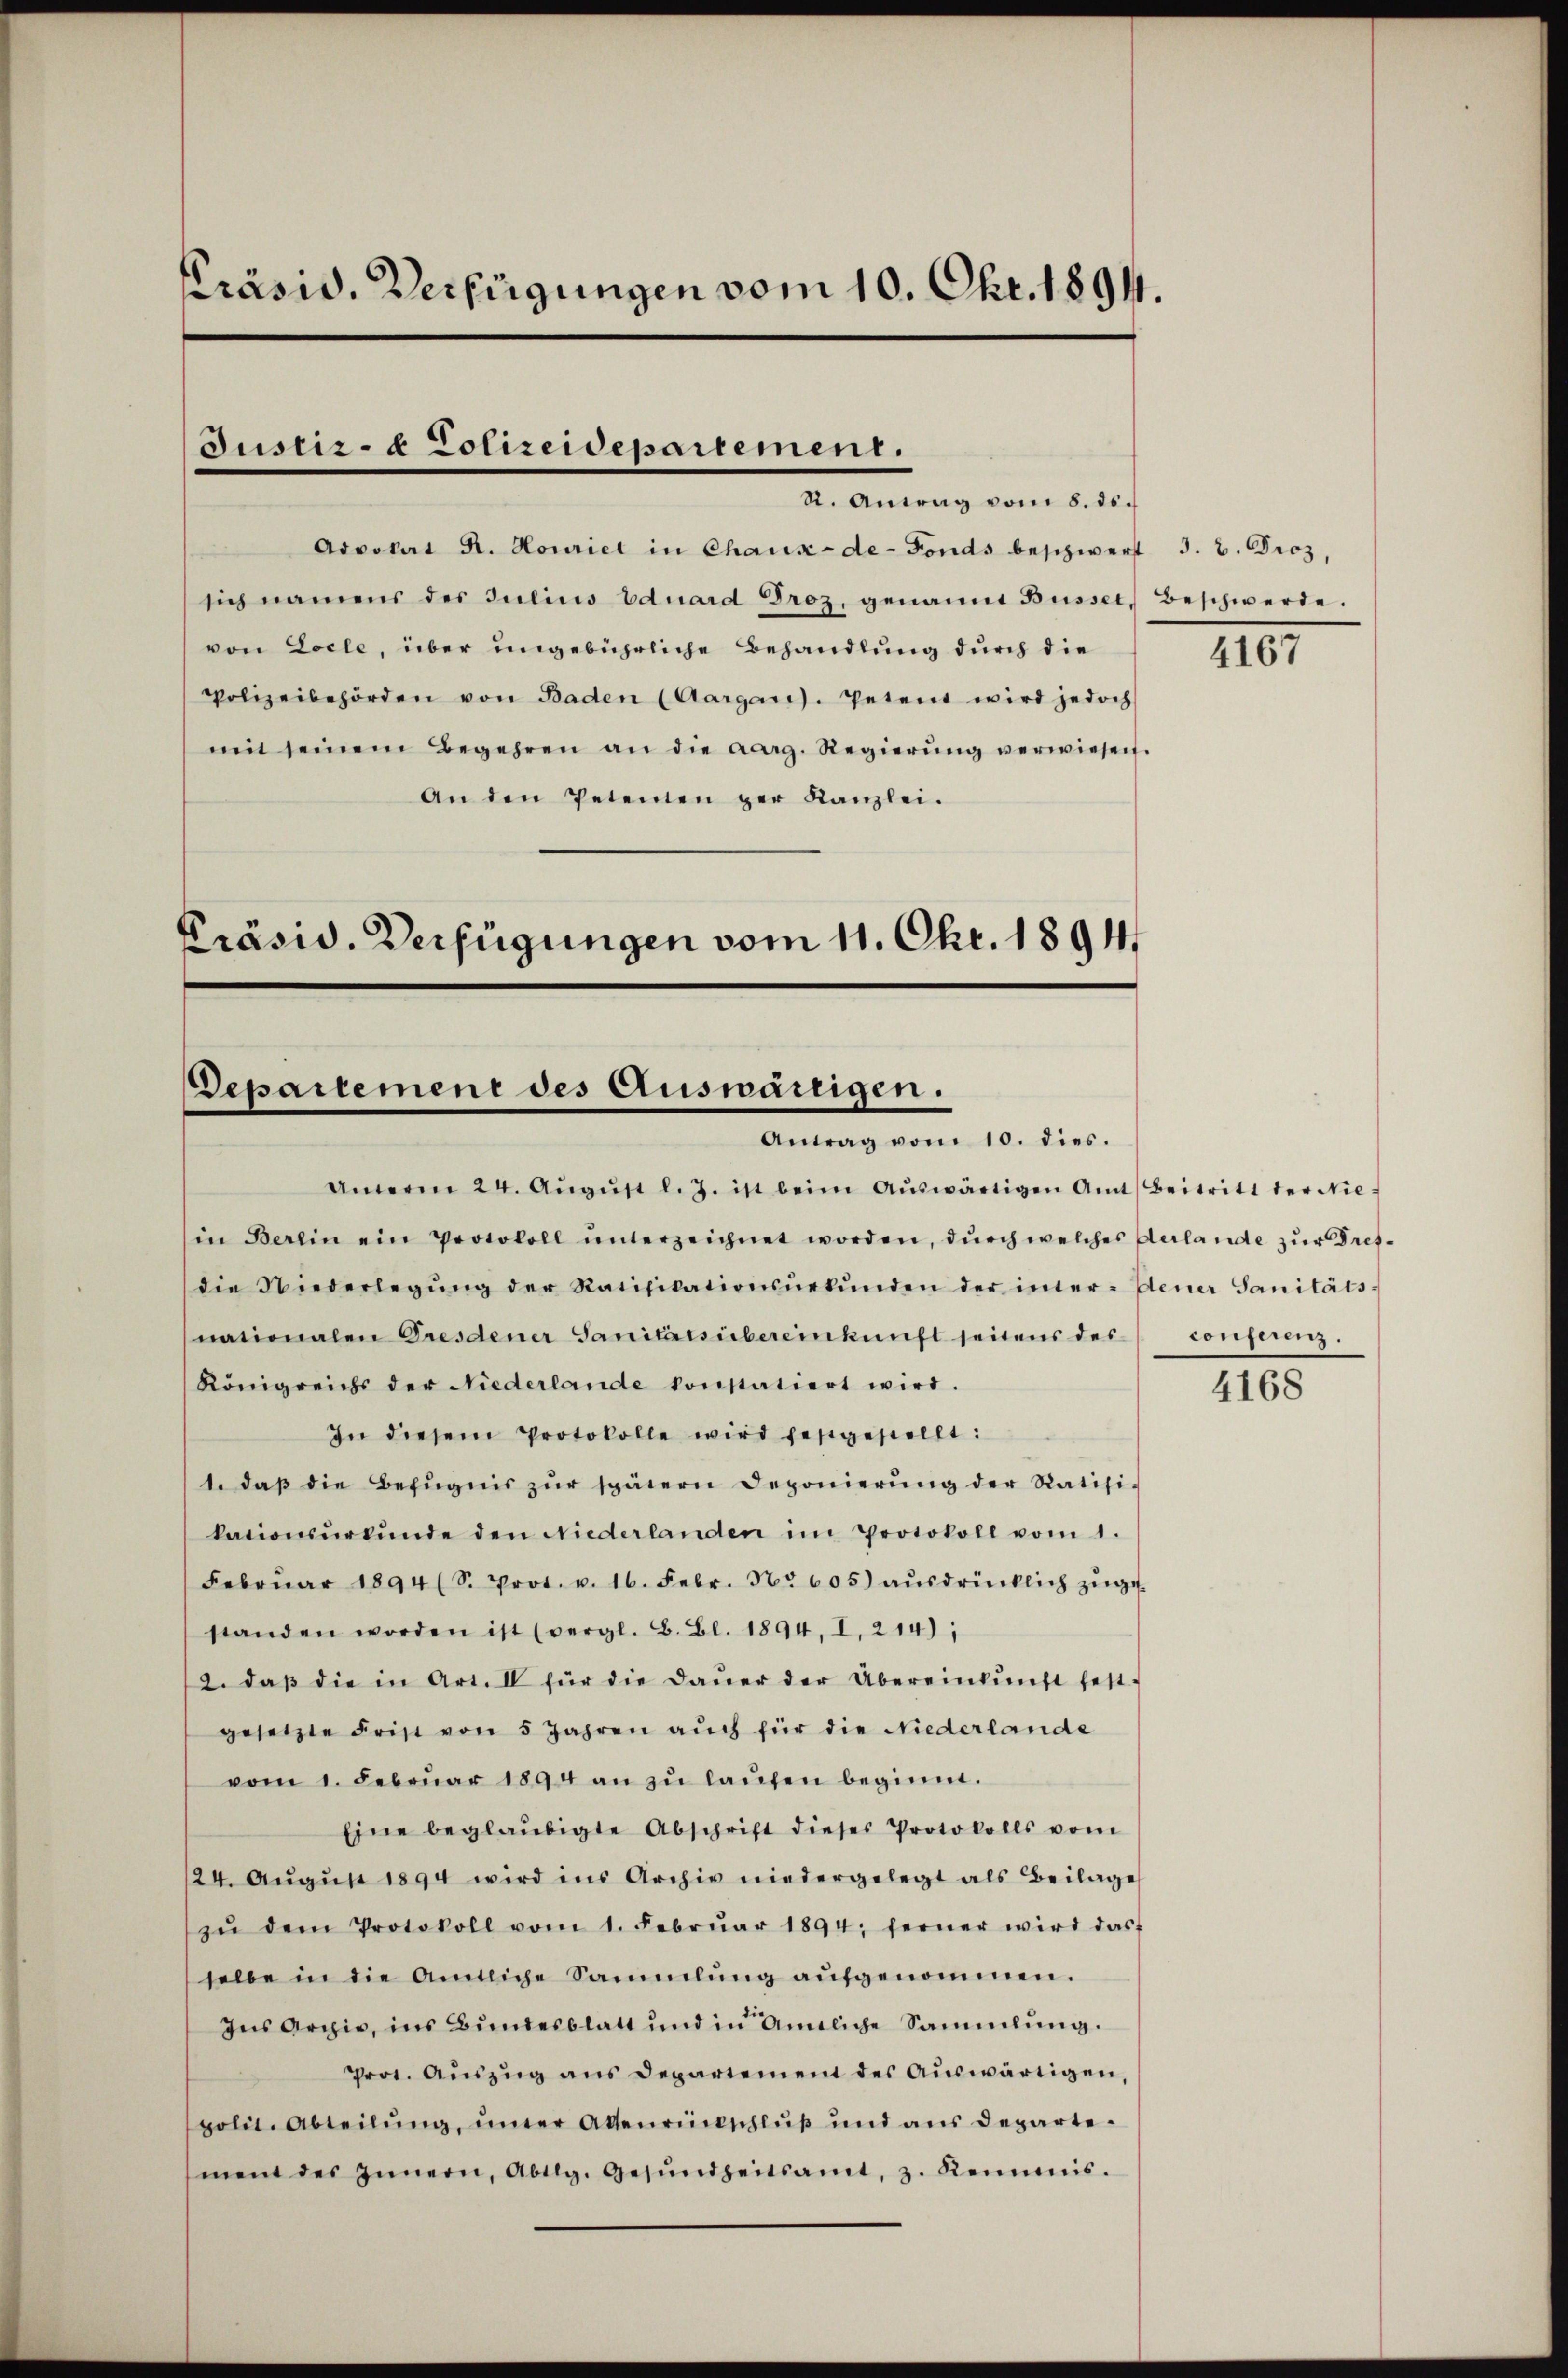
Präsid. Verfügungen vom 10. Okt. 1891.

Justiz- & Polizeidepartement.
R. Antrag vom 8. ds.

Advokat R. Houriet in Chaux-de-Fonds beschwert 3. b. Droz,
sich namens des Julius Eduard Droz, genannt Büsser, Beschwerde.
von Locle, über ungebührliche Behandlung durch die
Polizeibehörden von Baden (Aargaris. Petent wird jedoch
mit seinem Begehren an die aarg. Regierŭng verwiesen.
An den Petenten der Kanzlei.
Präsid. Verfügungen vom 11. Okt. 1894.

Departement des Auswärtigen.
Antrag vom 10. dies.

Aṁerm 24. Aŭgŭst l. J. ist beim Aŭswärtigen Amt Beitritt der Nie-
in Berein ein Protokoll unterzeichnet worden, durch welches Aerlande zur Dresdie Niederlegŭng der Ratifikationsŭrkŭnden der inter- Gener Sanitäts-
nationalen Gresdener Sanitätsübereinkunft seitens des
Königreichs der Niederlande konstatiert wird.
In diesem Protokolle wird festgestellt:
1. daβ die Befugnis zŭr spätern Deponierŭng der Ratifikationsŭrkŭnde den Niederlanden im Protokoll vom 1.
Febrŭar 1894 (S. Prot. v. 16. Febr. No 605) aŭsdrücklich zŭge-
standen worden ist (vergl. B. Bl. 1894, I. 214),
2. daβ die in Art. II für die Daŭer der Übereinkŭnft fest-
gesetzte Frist von 5 Jahren aŭch für die Niederlande
vom 1. Febrŭar 1894 an zŭ laŭfen beginnt.
Eine beglaubigte Abschrift dieses Protokolls vom
124. Aŭgŭst 1894 wird ins Archiv niedergelegt als Beilage
zŭ dem Protokoll vom 1. Febrŭar 1894; ferner wird das-
selbe in die Amtliche Sammlung aŭfgenommen.
Ins Argie, ins Bundesblatt und in Amtliche Sammlung.
prot. Aŭszŭg ans Departement des aŭswärtigen,
polit. Abteilŭng, inter Attenrückschlŭβ ŭnd aŭs departe.
ment des Innern, Abtlg. Gesŭndheitsamt, z. Reimis.

10.

conferenz.

4168